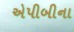
એપીબીના